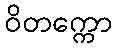
ဝိတက္ကော